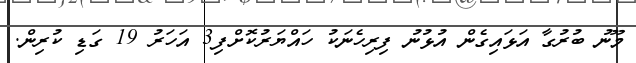
މޫނު ބުރުގާ އަޅައިގެން އުޅުނު ފިރިހެނަކު ހައްޔަރުކޮށްފި3 އަހަރު 19 ގަޑި ކުރިން.